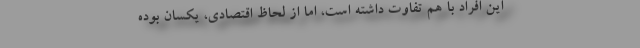
این افراد با هم تفاوت داشته است، امّا از لحاظ اقتصادی، یکسان بوده